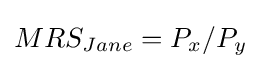
MRS_{Jane}=P_{x}/P_{y}